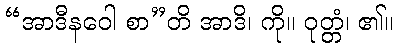
“အာဒီနဝေါ စာ”တိ အာဒိ၊ ကို။ ဝုတ္တံ၊ ၏။